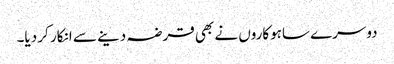
دوسرے ساہوکاروں نے بھی قرضہ دینے سے انکار کر دیا۔